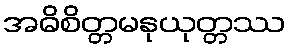
အဓိစိတ္တမနုယုတ္တဿ